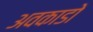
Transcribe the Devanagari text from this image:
अवकाडाे